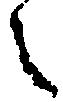
之